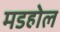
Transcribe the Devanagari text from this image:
मडहोल